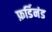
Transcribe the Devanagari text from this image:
फ़र्डिनंड